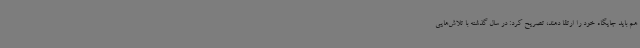
هم باید جایگاه خود را ارتقا دهند، تصریح کرد: در سال گذشته با تلاش‌هایی